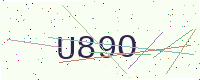
Text: U89O